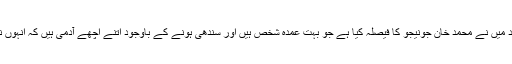
محتاط غور و فکر کے بعد میں نے محمد خان جونیجو کا فیصلہ کیا ہے جو بہت عمدہ شخص ہیں اور سندھی ہونے کے باوجود اتنے اچھے آدمی ہیں کہ انہوں نے صرف ایک شادی کی۔